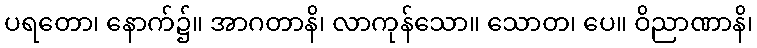
ပရတော၊ နောက်၌။ အာဂတာနိ၊ လာကုန်သော။ သောတ၊ ပေ။ ဝိညာဏာနိ၊